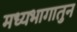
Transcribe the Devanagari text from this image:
मध्यभागातुन